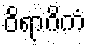
ဝိရာဂိကံ